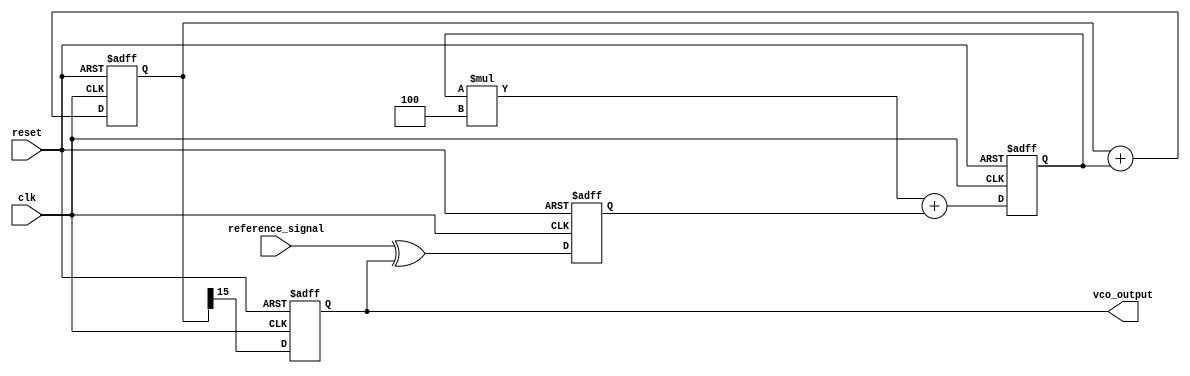
module dpll (
    input wire clk,               // System clock
    input wire reset,             // Asynchronous reset
    input wire reference_signal,   // Reference input signal
    output reg vco_output         // VCO output signal
);

    // Parameters for memory block
    reg [7:0] gain;                // Gain for loop filter (example)
    reg [15:0] vco_frequency;      // VCO frequency (example)

    // Phase Detector (PD)
    reg phase_error;               // Phase error signal

    // Loop Filter (LF)
    reg [15:0] filtered_signal;     // Filtered control signal

    // Voltage-Controlled Oscillator (VCO)
    reg [15:0] vco_phase;           // Phase of the VCO
    reg [15:0] vco_step;            // Frequency step for VCO

    // Memory Block
    reg [7:0] memory [0:255];      // Example memory storage

    // Initialize memory and VCO
    initial begin
        gain = 8'd5;                // Example gain value
        vco_frequency = 16'd1000;   // Initial VCO frequency
        vco_step = 16'd1;            // Step value for VCO
        vco_phase = 16'd0;           // Initial VCO phase
        // Initialize memory with some values (example)
        memory[0] = 8'd10;
        memory[1] = 8'd20;
        // ... Initialize other memory values
    end

    // Phase Detector
    always @(posedge clk or posedge reset) begin
        if (reset) begin
            phase_error <= 0;
        end else begin
            // Compare reference signal with VCO output (simplified)
            phase_error <= reference_signal ^ vco_output;
        end
    end

    // Loop Filter
    always @(posedge clk or posedge reset) begin
        if (reset) begin
            filtered_signal <= 0;
        end else begin
            // Simple IIR filter (example)
            filtered_signal <= (filtered_signal * (gain - 1)) + phase_error;
        end
    end

    // VCO
    always @(posedge clk or posedge reset) begin
        if (reset) begin
            vco_phase <= 0;
            vco_output <= 0;
        end else begin
            // Update VCO phase and output based on filtered signal
            vco_phase <= vco_phase + filtered_signal;
            vco_output <= vco_phase[15]; // Use the MSB as VCO output (example)
        end
    end

    // Memory access example (you can implement read and write)
    always @(posedge clk) begin
        // Example: Update memory based on some conditions
        if (phase_error > 0) begin
            memory[0] <= memory[0] + 1; // Increment value in memory
        end
    end

endmodule